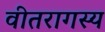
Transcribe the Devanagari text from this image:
वीतरागस्य